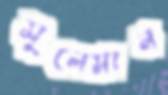
সুলেমান